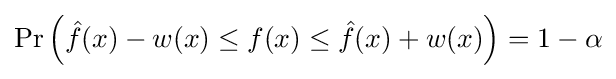
\Pr {\Big (}{\hat {f}}(x)-w(x)\leq f(x)\leq {\hat {f}}(x)+w(x){\Big )}=1-\alpha